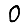
Digit: 0